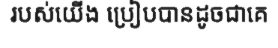
របស់យើង ប្រៀបបានដូចជាគេ